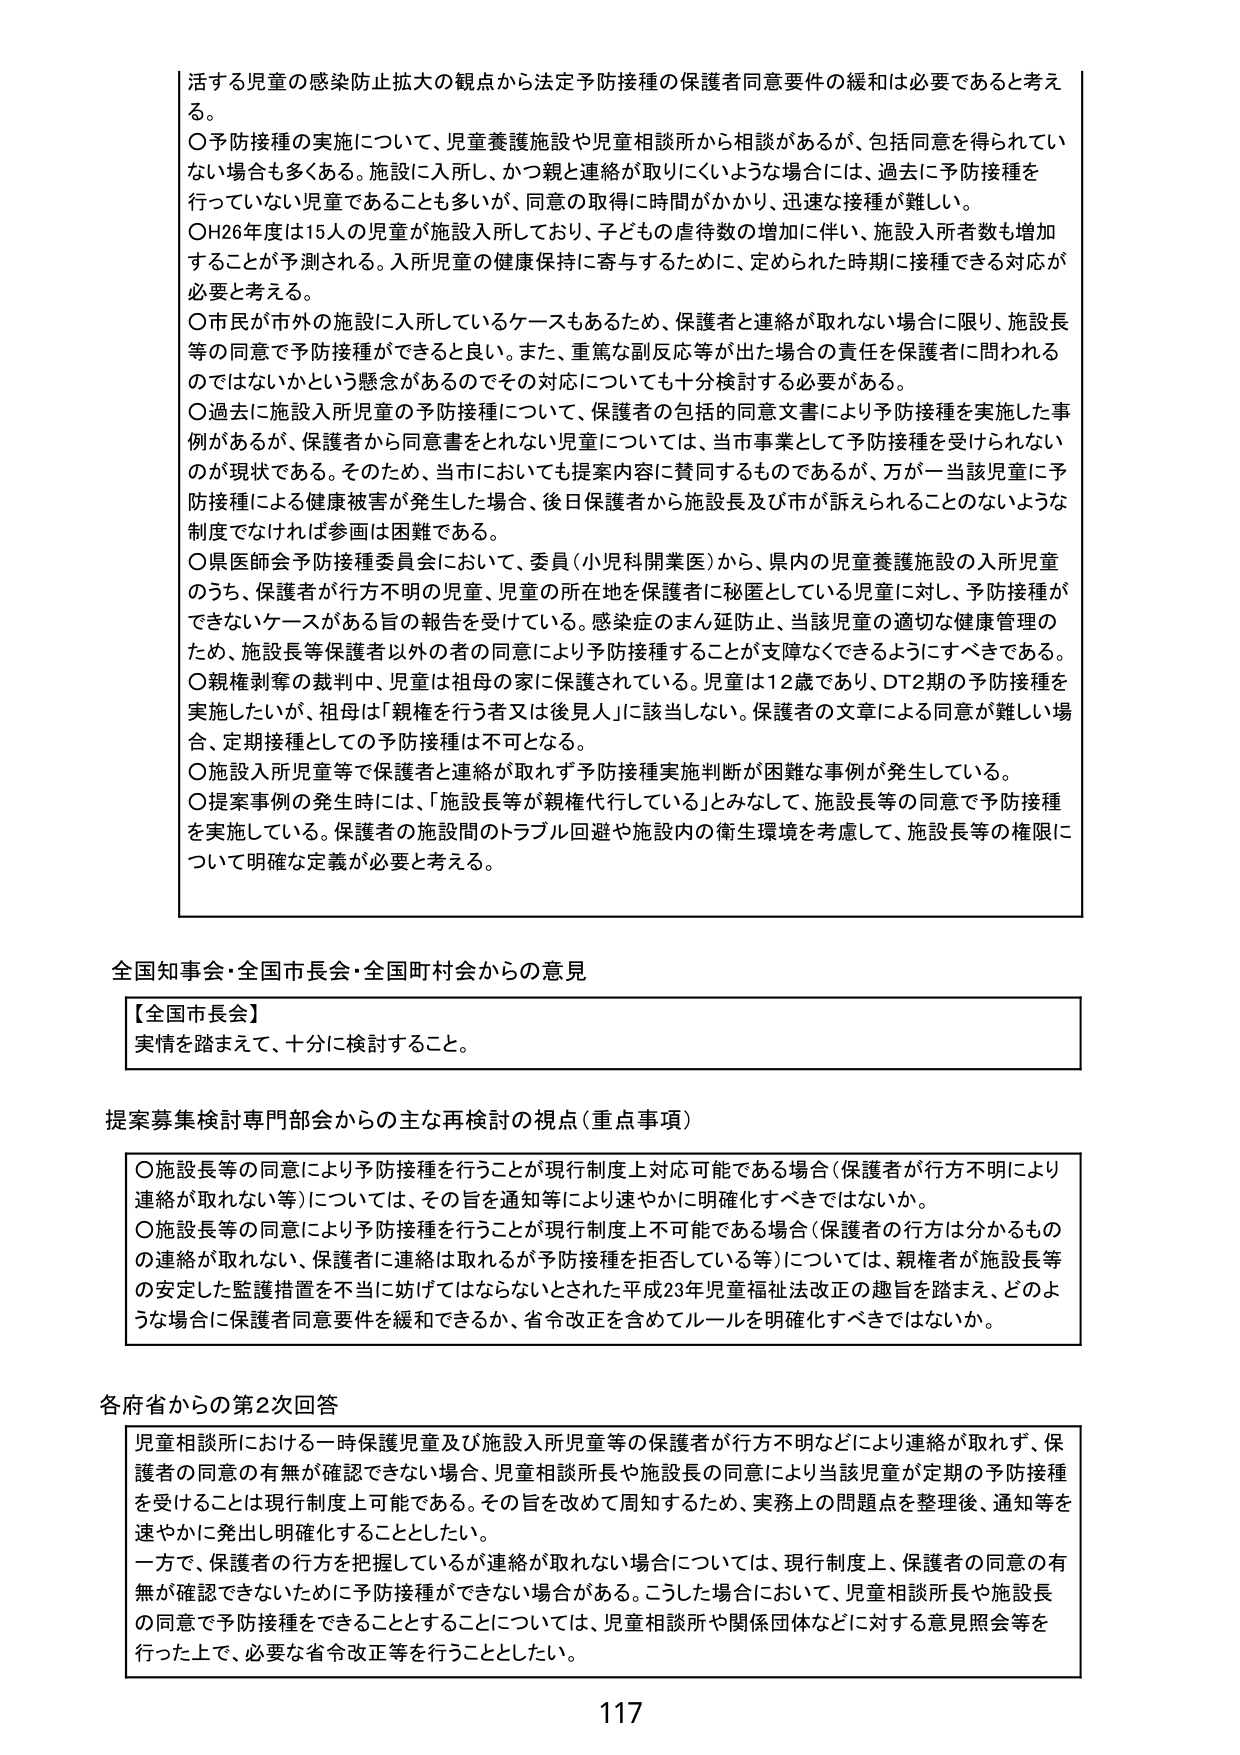
活する児童の感染防止拡大の観点から法定予防接種の保護者同意要件の緩和は必要であると考える。

○予防接種の実施について、児童養護施設や児童相談所から相談があるが、包括同意を得られていない場合も多くある。施設に入所し、かつ親と連絡が取りにくいような場合には、過去に予防接種を行っていない児童であることも多いが、同意の取得に時間がかかり、迅速な接種が難しい。

○H26年度は15人の児童が施設入所しており、子どもの虐待数の増加に伴い、施設入所者数も増加することが予測される。入所児童の健康保持に寄与するために、定められた時期に接種できる対応が必要と考える。

○市民が市外の施設に入所しているケースもあるため、保護者と連絡が取れない場合に限り、施設長等の同意で予防接種ができると良い。また、重篤な副反応等が出た場合の責任を保護者に問われるのではないかという懸念があるのでその対応についても十分検討する必要がある。

○過去に施設入所児童の予防接種について、保護者の包括的同意文書により予防接種を実施した事例があるが、保護者から同意書をとれない児童については、当市事業として予防接種を受けられないのが現状である。そのため、当市においても提案内容に賛同するものであるが、万が一当該児童に予防接種による健康被害が発生した場合、後日保護者から施設長及び市が訴えられることのないような制度でなければ参画は困難である。

○県医師会予防接種委員会において、委員（小児科開業医）から、県内の児童養護施設の入所児童のうち、保護者が行方不明の児童、児童の所在地を保護者に秘匿している児童に対し、予防接種ができないケースがある旨の報告を受けている。感染症のまん延防止、当該児童の適切な健康管理のため、施設長等保護者以外の者の同意により予防接種することが支障なくできるようにすべきである。

○親権剥奪の裁判中、児童は祖母の家に保護されている。児童は12歳であり、DT2期の予防接種を実施したいが、祖母は「親権を行う者又は後見人」に該当しない。保護者の文章による同意が難しい場合、定期接種としての予防接種は不可となる。

○施設入所児童等で保護者と連絡が取れず予防接種実施判断が困難な事例が発生している。

○提案事例の発生時には、「施設長等が親権代行している」とみなして、施設長等の同意で予防接種を実施している。保護者の施設間のトラブル回避や施設内の衛生環境を考慮して、施設長等の権限について明確な定義が必要と考える。

全国知事会・全国市長会・全国町村会からの意見

【全国市長会】
実情を踏まえて、十分に検討すること。

提案募集検討専門部会からの主な再検討の視点（重点事項）

○施設長等の同意により予防接種を行うことが現行制度上対応可能である場合（保護者が行方不明により連絡が取れない等）については、その旨を通知等により速やかに明確化すべきではないか。

○施設長等の同意により予防接種を行うことが現行制度上不可能である場合（保護者の行方は分かるものの連絡が取れない、保護者に連絡は取れるが予防接種を拒否している等）については、親権者が施設長等の安定した監護措置を不当に妨げてはならないとされた平成23年児童福祉法改正の趣旨を踏まえ、どのような場合に保護者同意要件を緩和できるか、省令改正を含めてルールを明確化すべきではないか。

各府省からの第2次回答

児童相談所における一時保護児童及び施設入所児童等の保護者が行方不明などにより連絡が取れず、保護者の同意の有無が確認できない場合、児童相談所長や施設長の同意により当該児童が定期の予防接種を受けることは現行制度上可能である。その旨を改めて周知するため、実務上の問題点を整理後、通知等を速やかに発出し明確化することとした。

一方で、保護者の行方を把握しているが連絡が取れない場合については、現行制度上、保護者の同意の有無が確認できないために予防接種ができない場合がある。こうした場合において、児童相談所長や施設長の同意で予防接種ができることとすることについては、児童相談所や関係団体などに対する意見照会等を行った上で、必要な省令改正等を行うこととした。

117